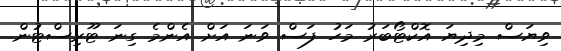
ވިޔަސް މިދިޔަ އޮކްޓޯބަރު މަހު ފަސް ވަނަ އަށް އެންމެ ގިނަ ޓޫރިސްޓުން